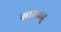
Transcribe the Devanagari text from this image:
सामान्